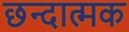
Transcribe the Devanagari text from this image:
छन्दात्मक